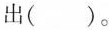
出（ ）。